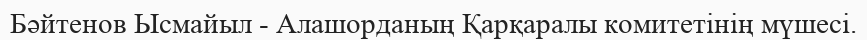
Бәйтенов Ысмайыл - Алашорданың Қарқаралы комитетінің мүшесі.